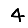
Digit: 4